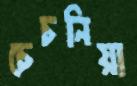
চেচনিয়া